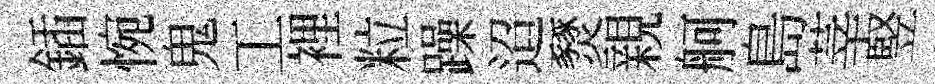
鍤惋鬼工裡粒躁迢燹親舸島莘竪